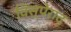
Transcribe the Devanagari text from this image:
विस्पेराद